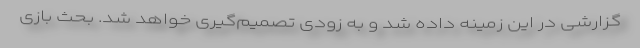
گزارشی در این زمینه داده شد و به زودی تصمیم‌گیری خواهد شد. بحث بازی